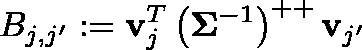
B _ { j , j ^ { \prime } } : = \mathbf { v } _ { j } ^ { T } \left( \mathbf { \Sigma } ^ { - 1 } \right) ^ { + + } \mathbf { v } _ { j ^ { \prime } }